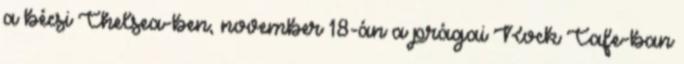
a bécsi Chelsea-ben, november 18-án a prágai Rock Cafe-ban